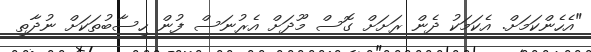
"އެހެންކަމަށް. އެކަމަކު ދެން ރަށަށް ގޮސް މޫދަށް އެރުނަސް ފުން ހިސާބުތަކަށް ނުދާތި